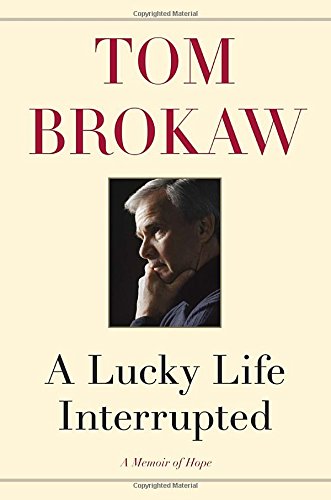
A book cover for A Lucky Life Interrupted: A Memoir of Hope; Tom Brokaw; Medical Books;